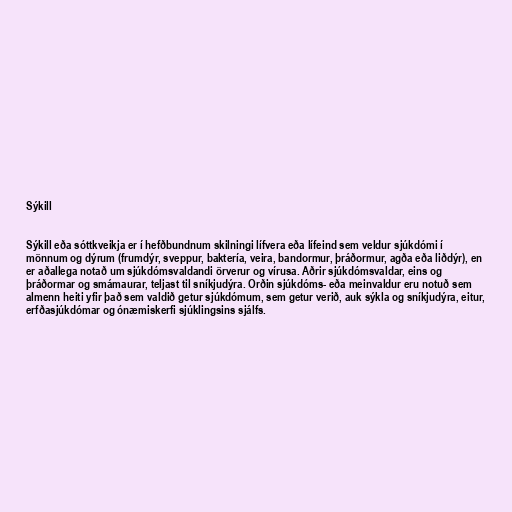
Sýkill

Sýkill eða sóttkveikja er í hefðbundnum skilningi lífvera eða lífeind sem veldur sjúkdómi í
mönnum og dýrum (frumdýr, sveppur, baktería, veira, bandormur, þráðormur, agða eða liðdýr), en
er aðallega notað um sjúkdómsvaldandi örverur og vírusa. Aðrir sjúkdómsvaldar, eins og
þráðormar og smámaurar, teljast til sníkjudýra. Orðin sjúkdóms- eða meinvaldur eru notuð sem
almenn heiti yfir það sem valdið getur sjúkdómum, sem getur verið, auk sýkla og sníkjudýra, eitur,
erfðasjúkdómar og ónæmiskerfi sjúklingsins sjálfs.